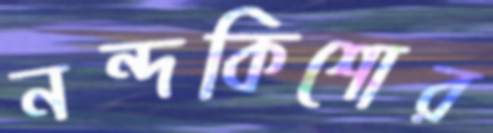
নন্দকিশোর